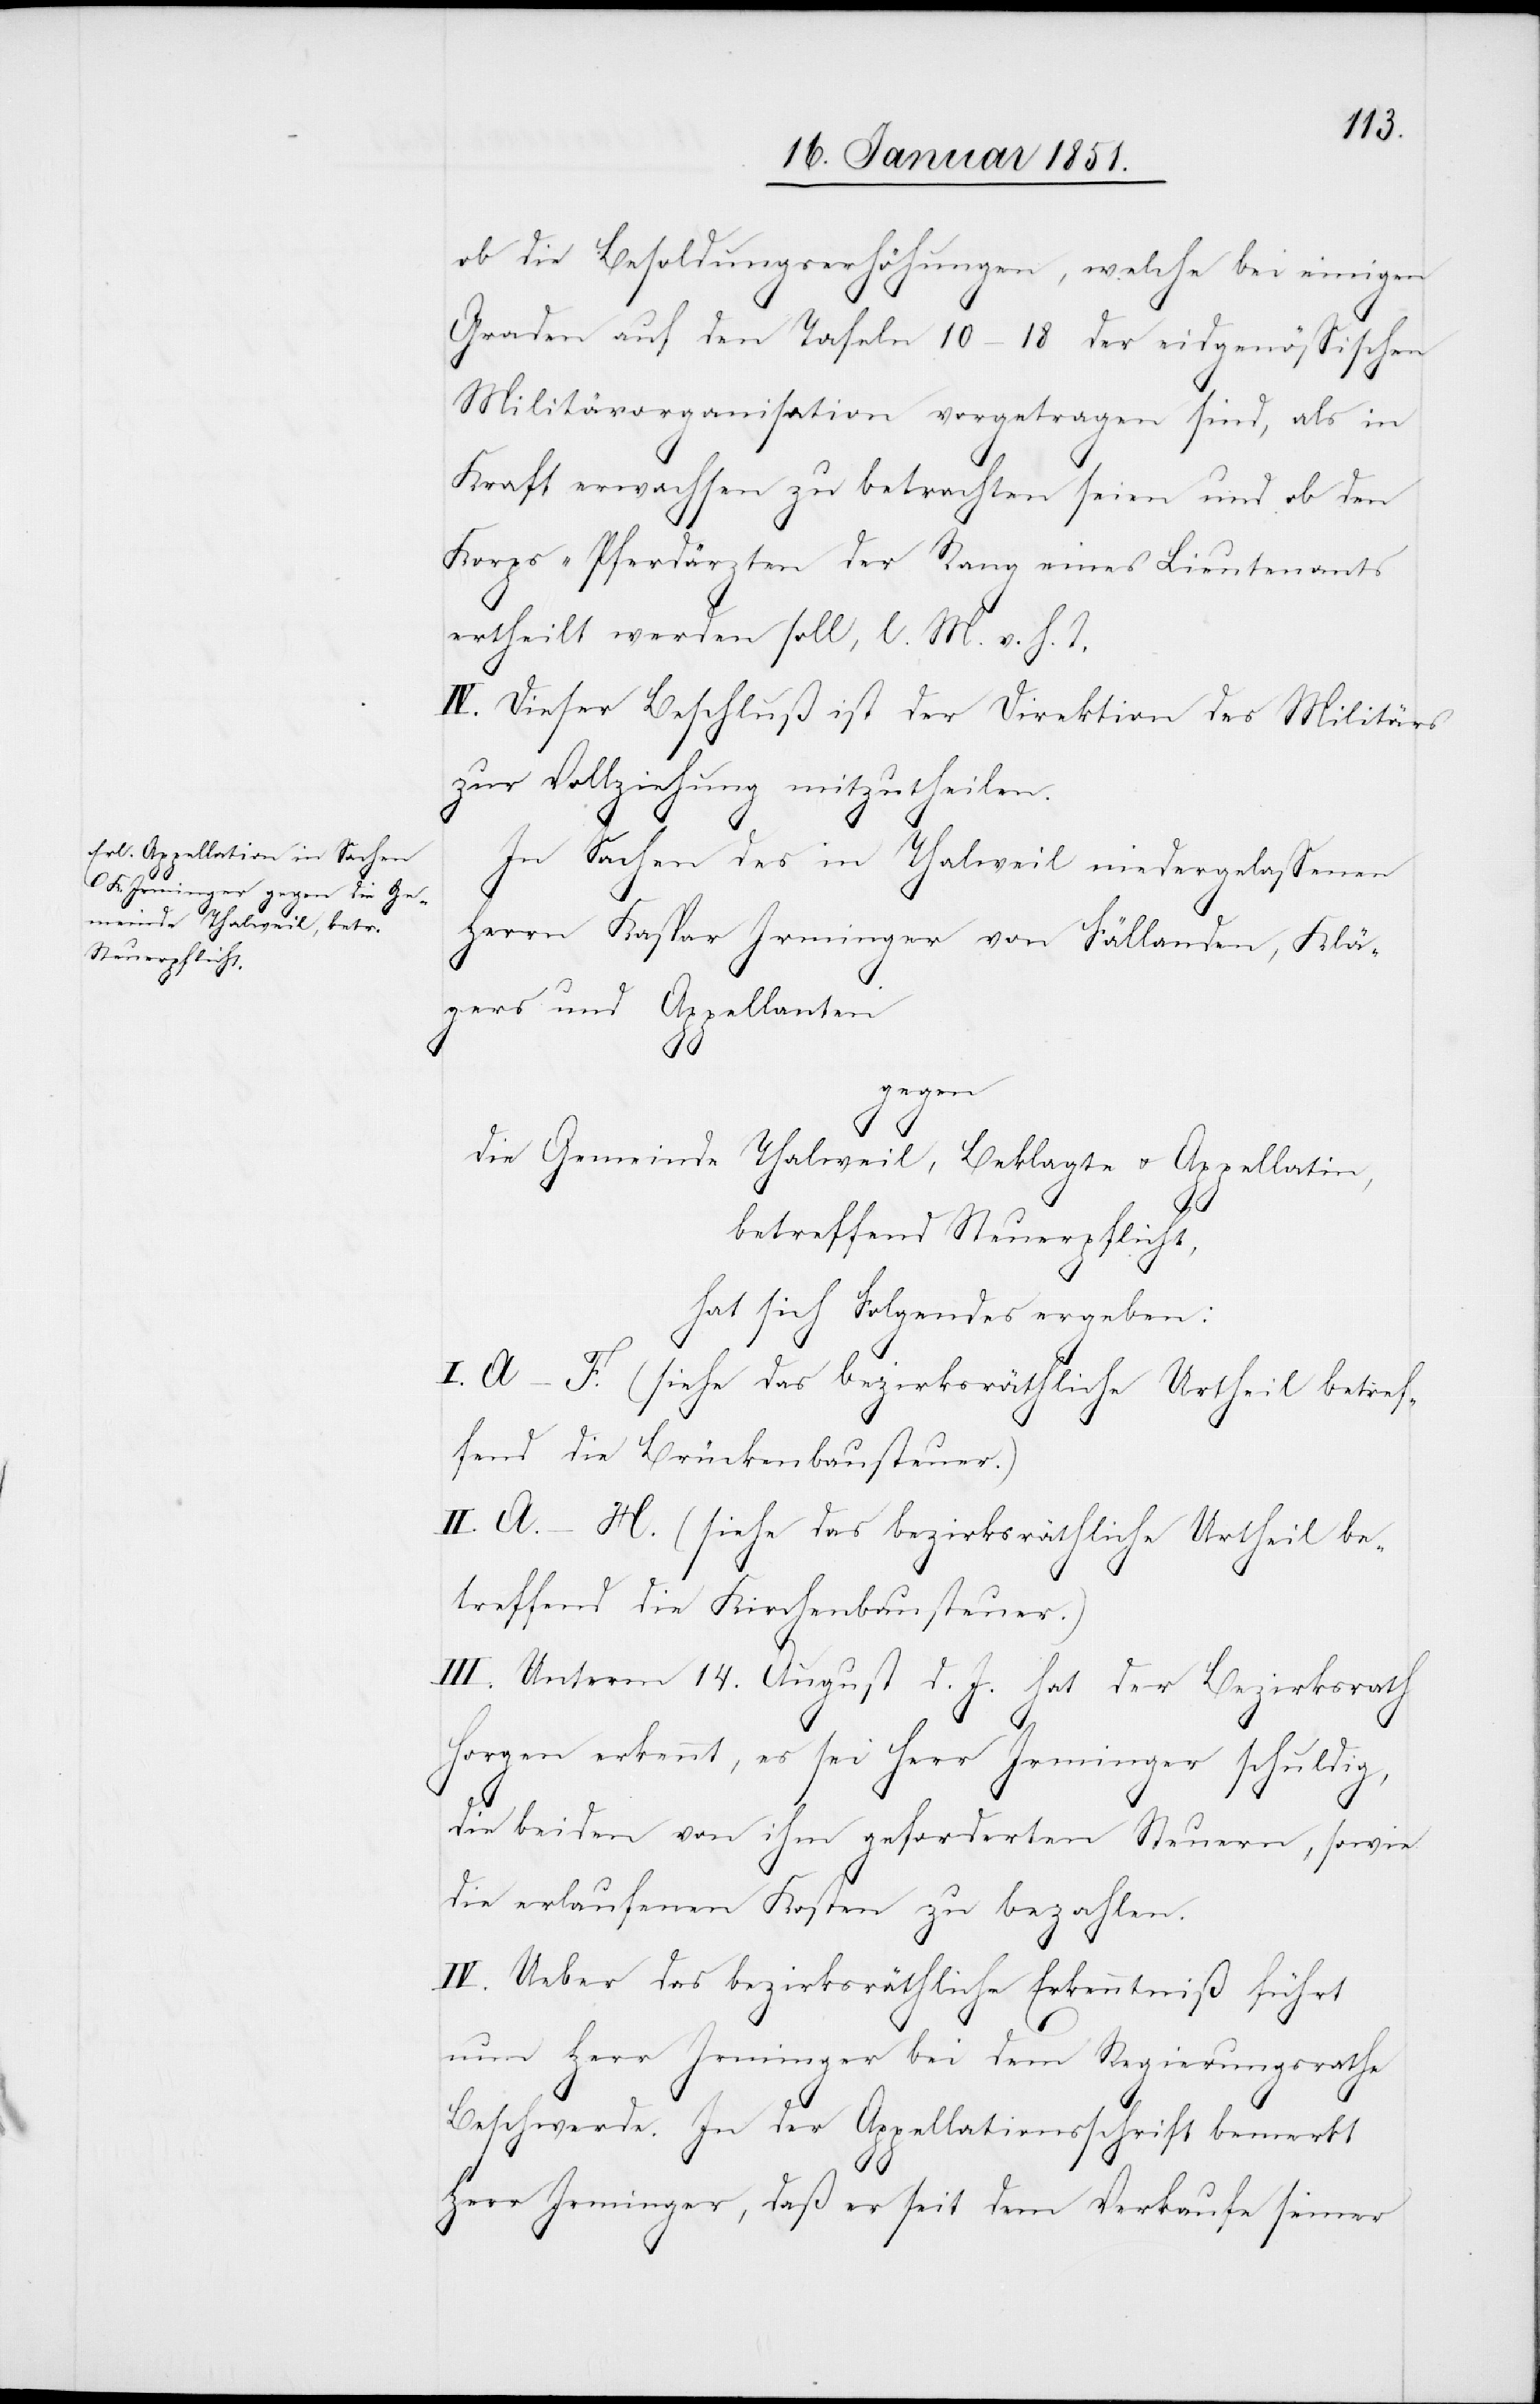
ob die Besoldungserhöhungen, welche bei einigen
Graden auf den Tafeln 10–18 der eidgenössischen
Militärorganisation vorgetragen sind, als in
Kraft erwachsen zu betrachten seien und ob den
Korps-Pferdärzten der Rang eines Lieutenants
ertheilt werden soll, l. M. v. h. T.
IV. Dieser Beschluß ist der Direktion des Militärs
zur Vollziehung mitzutheilen.
In Sachen des in Thalweil niedergelassenen
Herrn Kaspar Irminger von Fällanden, Klä¬
gers und Appellanten
gegen
die Gemeinde Thalweil, Beklagte u. Appellatin,
betreffend Steuerpflicht,
hat sich Folgendes ergeben:
I. A–F. (siehe das bezirksräthliche Urtheil betref¬
fend die Brückenbausteuer.)
II. A.–H. (siehe das bezirksräthliche Urtheil be¬
treffend die Kirchenbausteuer.)
III. Unterm 14. August d. J. [recte: v. J.] hat der Bezirksrath
Horgen erkennt, es sei Herr Irminger schuldig,
die beiden von ihm geforderten Steuern, sowie
die erlaufenen Kosten zu bezahlen.
IV. Ueber das bezirksräthliche Erkenntniß führt
nun Herr Irminger bei dem Regierungsrathe
Beschwerde. In der Appellationsschrift bemerkt
Herr Irminger, daß er seit dem Verkaufe seiner